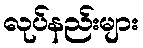
လုပ်နည်းများ